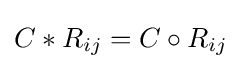
C*R_{ij}=C\circ R_{ij}